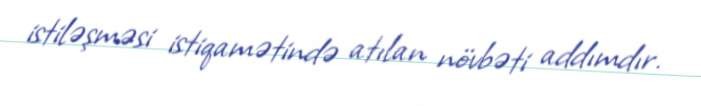
istiləşməsi istiqamətində atılan növbəti addımdır.